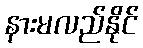
နားမလည်နိုင်